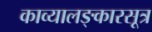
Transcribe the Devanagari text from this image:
काव्यालङ्कारसूत्र